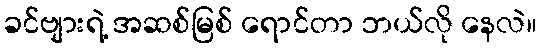
ခင်ဗျားရဲ့ အဆစ်မြစ် ရောင်တာ ဘယ်လို နေလဲ။